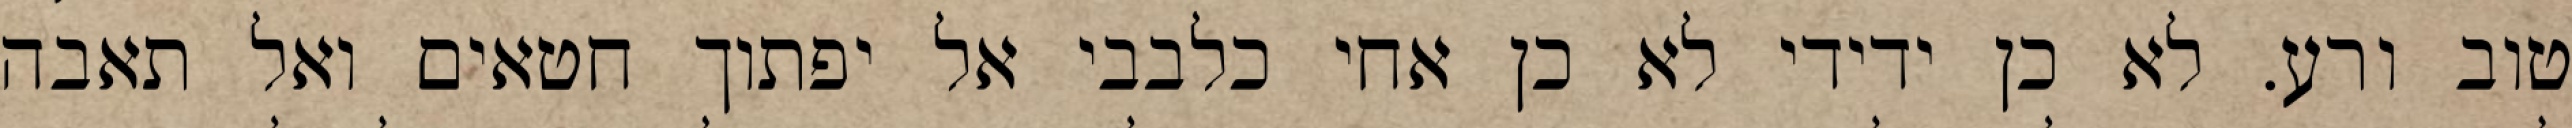
טוב ורע. לא כן ידידי לא כן אחי כלבבי אל יפתוך חטאים ואל תאבה